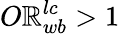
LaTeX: O\mathbb{R}_{wb}^{lc}>1